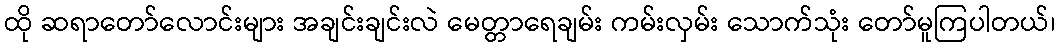
ထို ဆရာတော်လောင်းများ အချင်းချင်းလဲ မေတ္တာရေချမ်း ကမ်းလှမ်း သောက်သုံး တော်မူကြပါတယ်၊